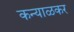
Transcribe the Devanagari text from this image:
कन्याळकर